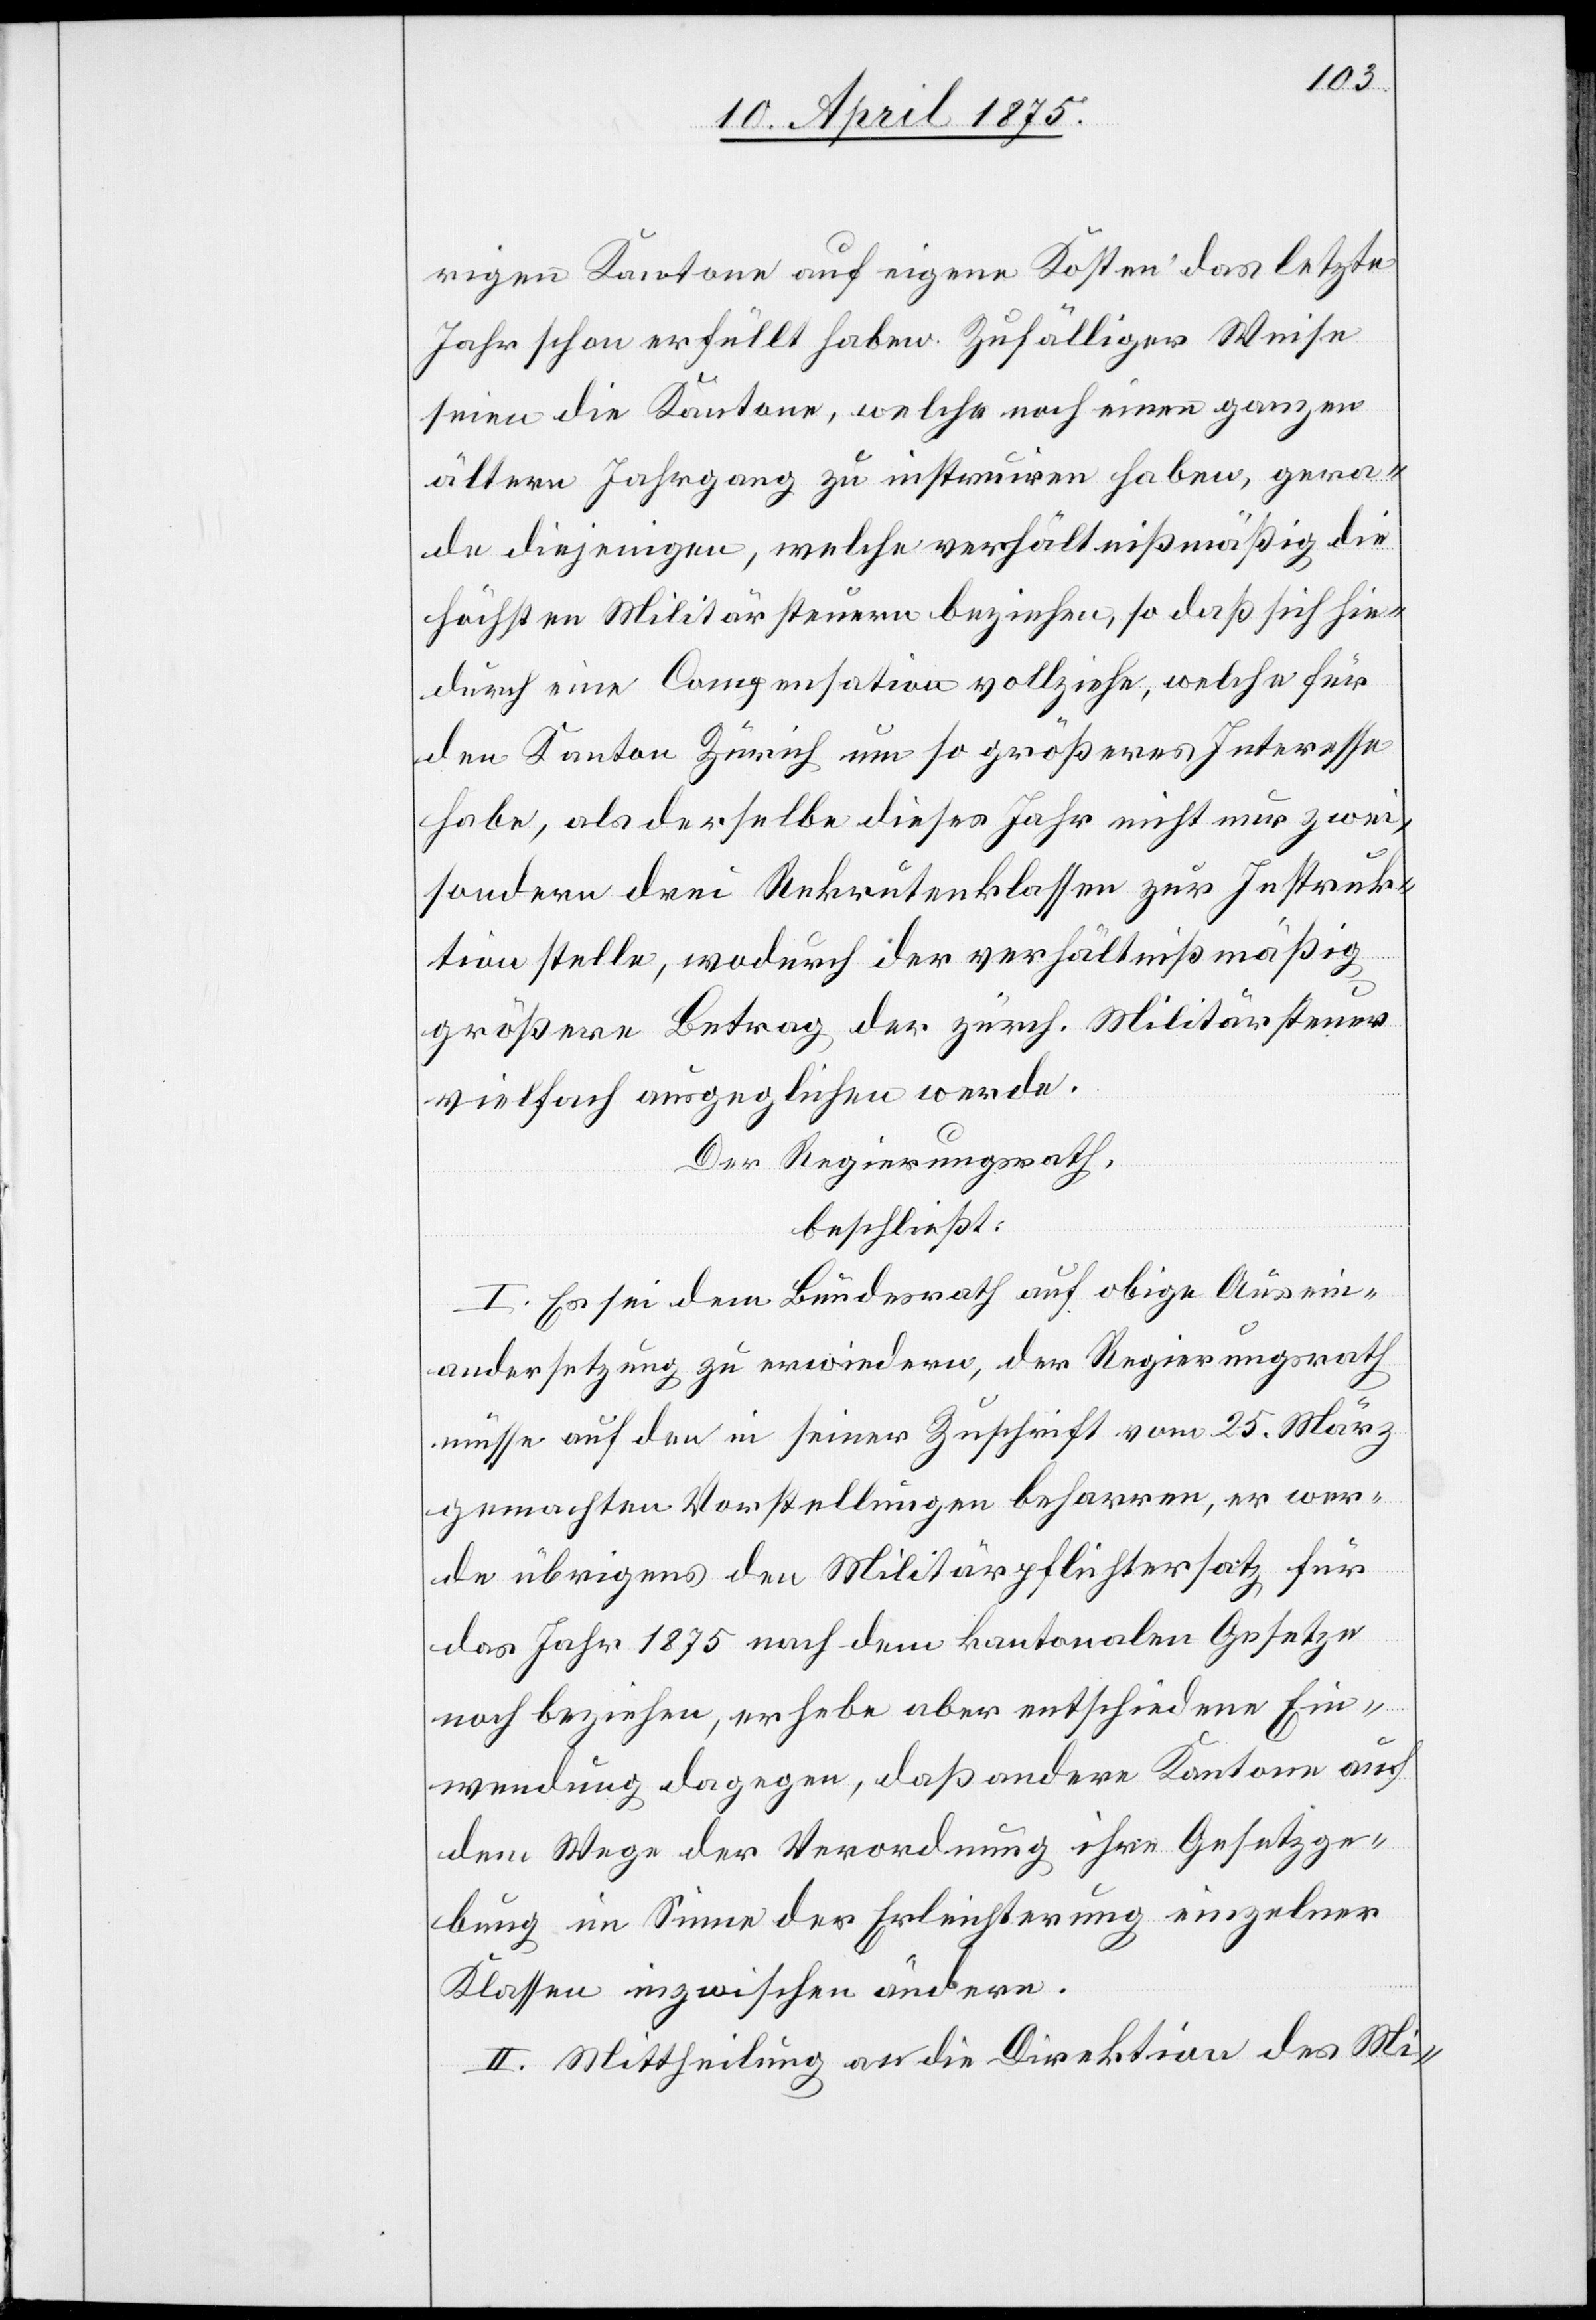
rigen Kantone auf eigene Kosten das letzte
Jahr schon erfüllt haben. Zufälliger Weise
seien die Kantone, welche noch einen ganzen
ältern Jahrgang zu instruiren haben, gera¬
de diejenigen, welche verhältnißmäßig die
höchsten Militärsteuern beziehen, so daß sich hie¬
durch eine Compensation vollziehe, welche für
den Kanton Zürich um so größeres Interesse
habe, als derselbe dieses Jahr nicht nur zwei
sondern drei Rekrutenklassen zur Instruk¬
tion stelle, wodurch der verhältnißmäßig
größere Betrag der zürch. Militärsteuer
vielfach ausgeglichen werde.
Der Regierungsrath,
beschließt:
I. Es sei dem Bundesrath auf obige Ausein¬
andersetzung zu erwiedern, der Regierungsrath
müsse auf den in seiner Zuschrift vom 25. März
gemachten Vorstellungen beharren, er wer¬
de übrigens den Militärpflichtersatz für
das Jahr 1875 nach dem kantonalen Gesetze
noch beziehen, er habe aber entschiedene Ein¬
wendungen dagegen, daß andere Kantone auf
dem Wege der Verordnung ihre Gesetzge¬
bung im Sinne der Erleichterung einzelner
Klassen inzwischen ändere.
II. Mittheilung an die Direktion des Mi-